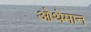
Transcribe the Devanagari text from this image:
ओथेमान